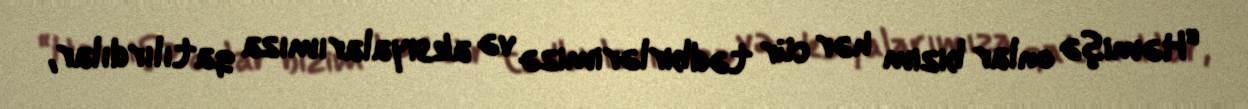
“Həmişə onlar bizim hər cür tədbirlərimizə və aksiyalarımıza qatılırdılar,